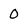
Character: O